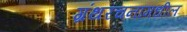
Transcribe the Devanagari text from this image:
ग्रंथरचनांमधील